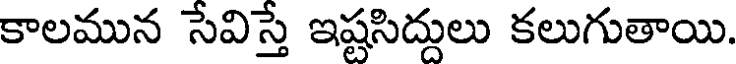
కాలమున సేవిస్తే ఇష్టసిద్దులు కలుగుతాయి.